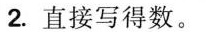
2.直接写得数。